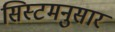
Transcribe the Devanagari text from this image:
सिस्टमनुसार